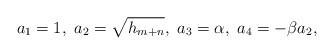
LaTeX: \begin{align*}a_1=1,\ a_2=\sqrt{h_{m+n}},\ a_3=\alpha,\ a_4=-\beta a_2,\end{align*}